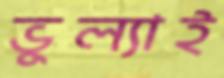
ভুল্যাই